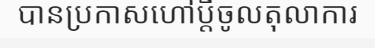
បានប្រកាសហៅប្តីចូលតុលាការ